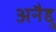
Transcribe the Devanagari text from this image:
अनैद्दु